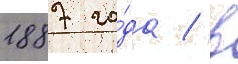
1887 го́да / в